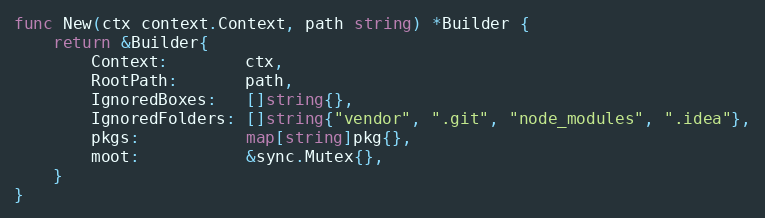
Language: Go
func New(ctx context.Context, path string) *Builder {
	return &Builder{
		Context:        ctx,
		RootPath:       path,
		IgnoredBoxes:   []string{},
		IgnoredFolders: []string{"vendor", ".git", "node_modules", ".idea"},
		pkgs:           map[string]pkg{},
		moot:           &sync.Mutex{},
	}
}